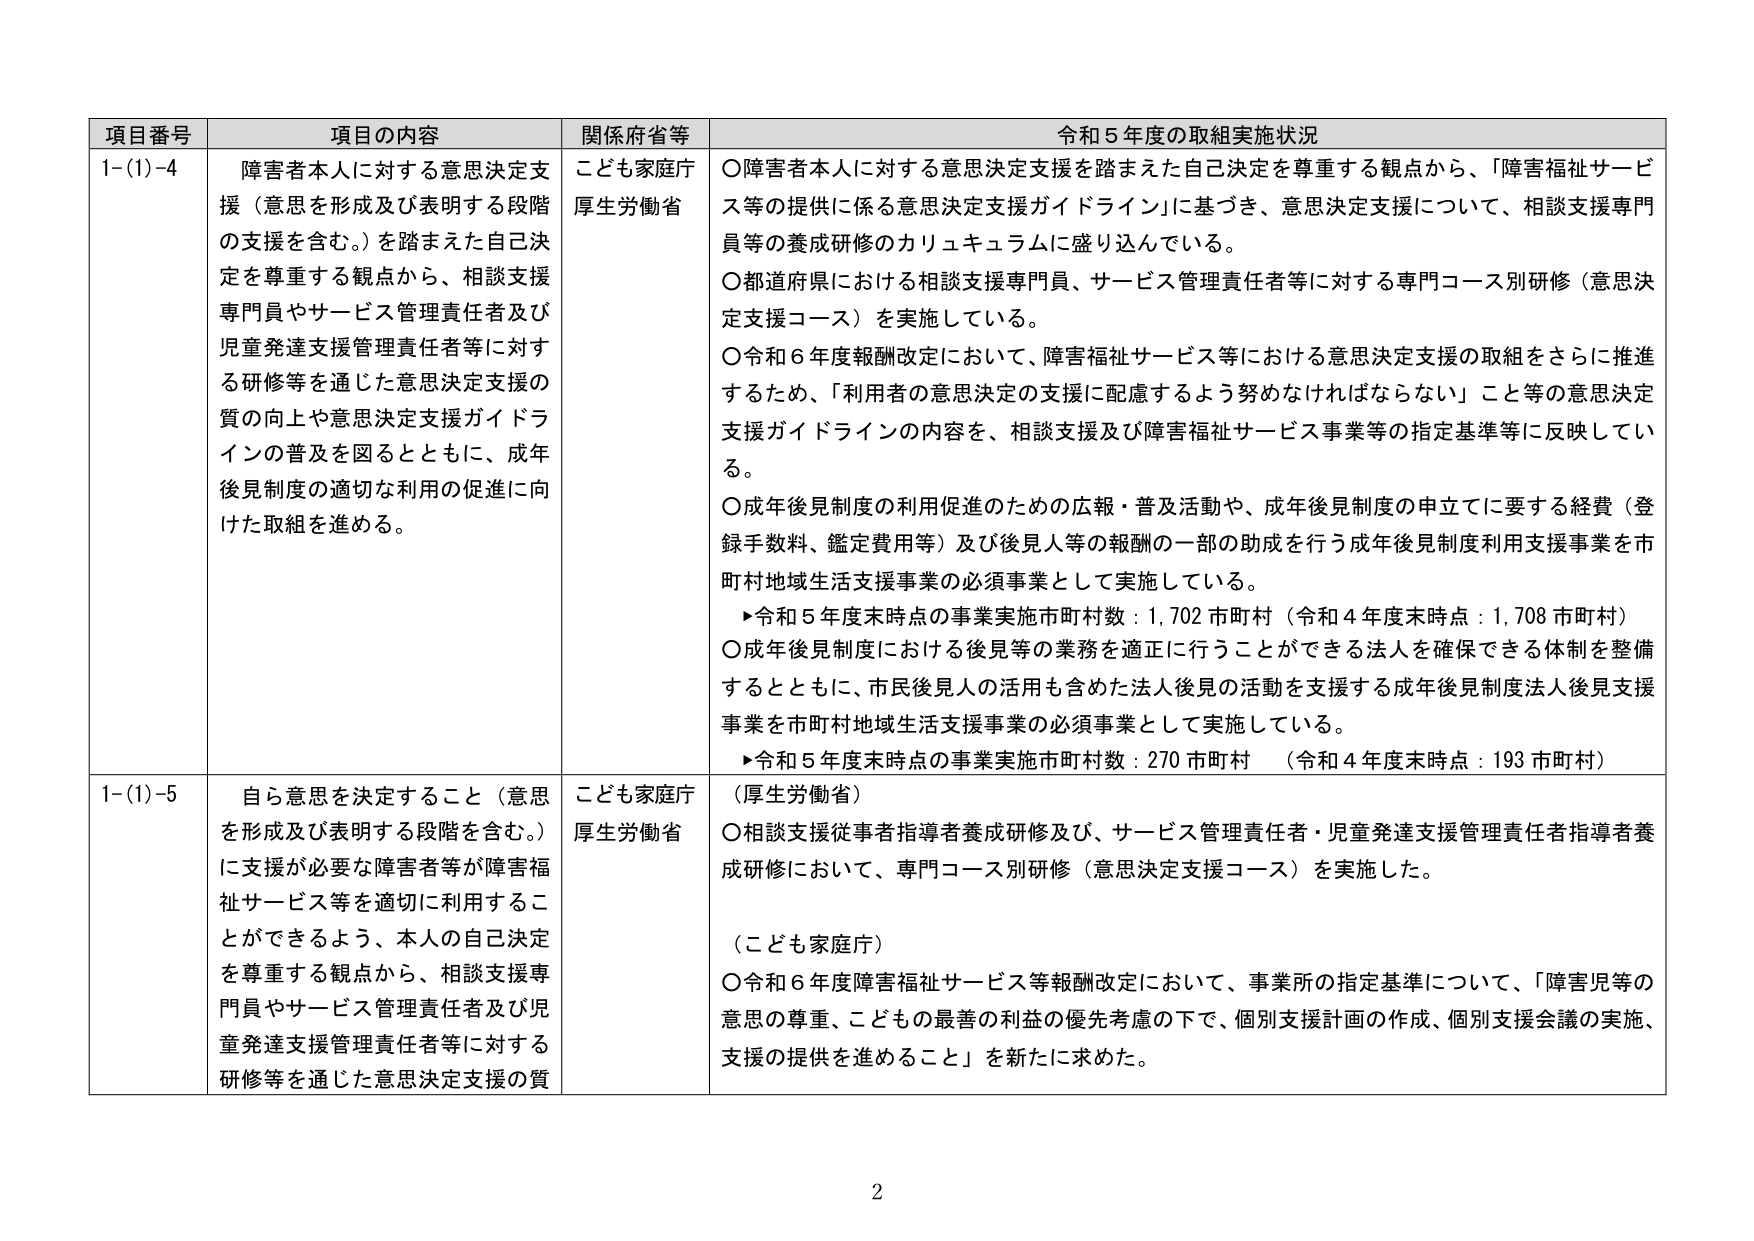
項目番号 項目の内容 関係府省等 令和５年度の取組実施状況
1-(1)-4 障害者本人に対する意思決定支援（意思を形成及び表明する段階の支援を含む。）を踏まえた自己決定を尊重する観点から、相談支援専門員やサービス管理責任者及び児童発達支援管理責任者等に対する研修等を通じた意思決定支援の質の向上や意思決定支援ガイドラインの普及を図るとともに、成年後見制度の適切な利用の促進に向けた取組を進める。 こども家庭庁 厚生労働省 ○障害者本人に対する意思決定支援を踏まえた自己決定を尊重する観点から、「障害福祉サービス等の提供に係る意思決定支援ガイドライン」に基づき、意思決定支援について、相談支援専門員等の養成研修のカリキュラムに盛り込んでいる。 ○都道府県における相談支援専門員、サービス管理責任者等に対する専門コース別研修（意思決定支援コース）を実施している。 ○令和６年度報酬改定において、障害福祉サービス等における意思決定支援の取組をさらに推進するため、「利用者の意思決定の支援に配慮するよう努めなければならない」こと等の意思決定支援ガイドラインの内容を、相談支援及び障害福祉サービス事業等の指定基準等に反映している。 ○成年後見制度の利用促進のための広報・普及活動や、成年後見制度の申立てに要する経費（登録手数料、鑑定費用等）及び後見人等の報酬の一部の助成を行う成年後見制度利用支援事業を市町村地域生活支援事業の必須事業として実施している。 ▸令和５年度末時点の事業実施市町村数：1,702市町村（令和４年度末時点：1,708市町村） ○成年後見制度における後見等の業務を適正に行うことができる法人を確保できる体制を整備するとともに、市民後見人の活用も含めた法人後見の活動を支援する成年後見制度法人後見支援事業を市町村地域生活支援事業の必須事業として実施している。 ▸令和５年度末時点の事業実施市町村数：270市町村 （令和４年度末時点：193市町村）
1-(1)-5 自ら意思を決定すること（意思を形成及び表明する段階を含む。）に支援が必要な障害者等が障害福祉サービス等を適切に利用することができるよう、本人の自己決定を尊重する観点から、相談支援専門員やサービス管理責任者及び児童発達支援管理責任者等に対する研修等を通じた意思決定支援の質 こども家庭庁 厚生労働省 （厚生労働省） ○相談支援従事者指導者養成研修及び、サービス管理責任者・児童発達支援管理責任者指導者養成研修において、専門コース別研修（意思決定支援コース）を実施した。 （こども家庭庁） ○令和６年度障害福祉サービス等報酬改定において、事業所の指定基準について、「障害児等の意思の尊重、こどもの最善の利益の優先考慮の下で、個別支援計画の作成、個別支援会議の実施、支援の提供を進めること」を新たに求めた。
2